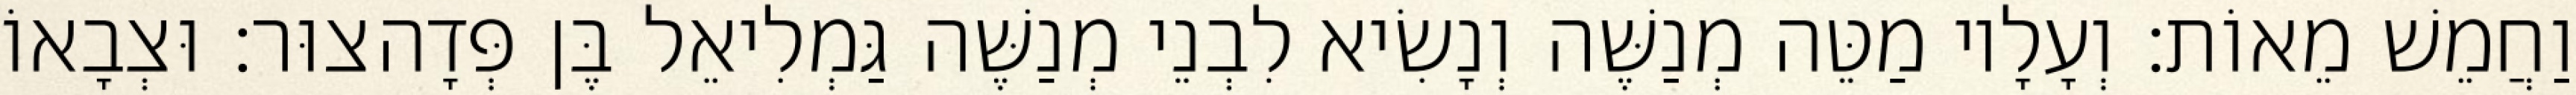
וַחֲמֵשׁ מֵאוֹת׃ וְעָלָיו מַטֵּה מְנַשֶּׁה וְנָשִׂיא לִבְנֵי מְנַשֶּׁה גַּמְלִיאֵל בֶּן פְּדָהצוּר׃ וּצְבָאוֹ